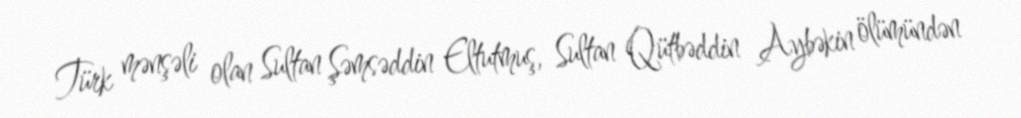
Türk mənşəli olan Sultan Şəmsəddin Eltutmuş, Sultan Qütbəddin Aybəkin ölümündən